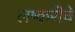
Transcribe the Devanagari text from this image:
लष्करीचे